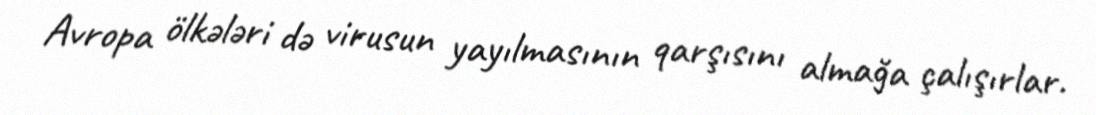
Avropa ölkələri də virusun yayılmasının qarşısını almağa çalışırlar.